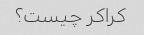
کراکر چیست؟